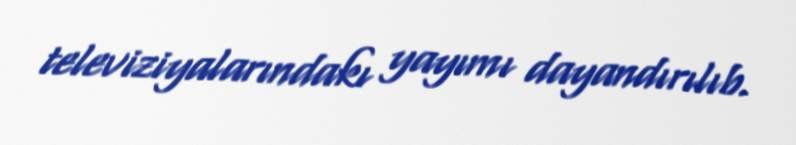
televiziyalarındakı yayımı dayandırılıb.